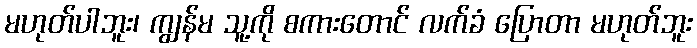
မဟုတ်ပါဘူး၊ ကျွန်မ သူ့ကို စကားတောင် လက်ခံ ပြောတာ မဟုတ်ဘူး